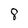
Character: 8